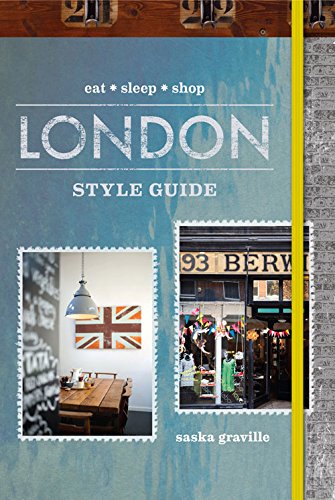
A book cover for London Style Guide: Eat Sleep Shop; Saska Graville; Travel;